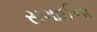
સગાઈના